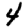
Digit: 4